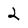
Character: 2